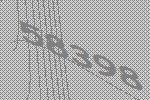
58398